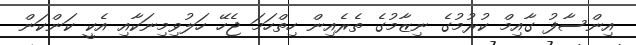
އިންސާފު ގާއިމް ކުރުމުގެ ނިޒާމުގެ ތެރެއިން ހިތްހަމަ ޖެހޭ ހަލުވިމިނަކާއި އެކީ ކަންކަން